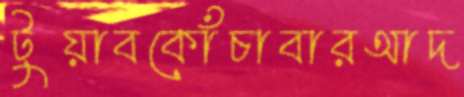
টুয়াবকোঁচাবারআদ